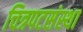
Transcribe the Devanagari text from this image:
चित्रपटसंस्था